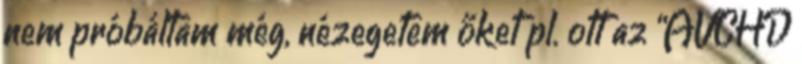
nem próbáltam még, nézegetem őket pl. ott az “AVCHD